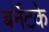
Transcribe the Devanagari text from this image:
बर्नेटके